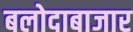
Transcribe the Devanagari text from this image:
बलोदाबाजार